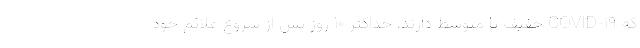
که COVID-۱۹ خفیف تا متوسط دارند، حداکثر ۱۰ روز پس از شروع علائم خود